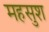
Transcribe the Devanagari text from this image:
महसुश